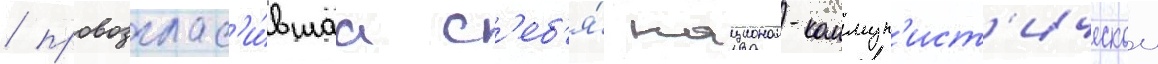
/ провозглас'и́вшаа с'еб'я́ национал-коммун'ист'ическои